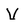
Character: V